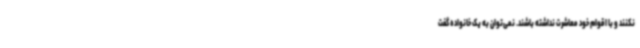
نکنند و با اقوام خود معاشرت نداشته باشند. نمی‌توان به یک خانواده گفت